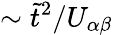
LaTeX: \sim\tilde{t}^{2}/U_{\alpha\beta}